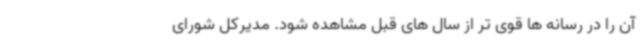
آن را در رسانه ها قوی تر از سال های قبل مشاهده شود. مدیرکل شورای